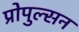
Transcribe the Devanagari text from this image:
प्रोपुल्सन